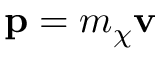
\mathbf { p } = m _ { \chi } \mathbf { v }